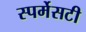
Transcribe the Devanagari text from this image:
स्पर्मेसटी